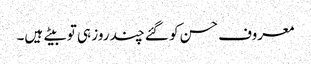
معروف حسن کو گئے چند روز ہی تو بیتے ہیں۔